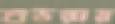
শুভরায়